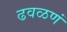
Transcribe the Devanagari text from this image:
ढवळणं